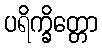
ပရိက္ခိတ္တော